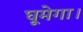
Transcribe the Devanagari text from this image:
घूमेगा।